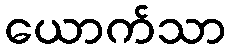
ယောက်သာ